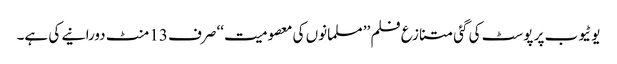
یوٹیوب پر پوسٹ کی گئی متنازع فلم ’’ مسلمانوں کی معصومیت‘‘ صرف 13 منٹ دورانیے کی ہے۔